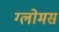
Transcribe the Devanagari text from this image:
ग्लोमस